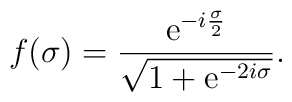
f(\sigma)= { {\rm e}^{-i {\sigma \over 2}} \over {\sqrt {1 + {\rm e}^{-2i \sigma}}}}.